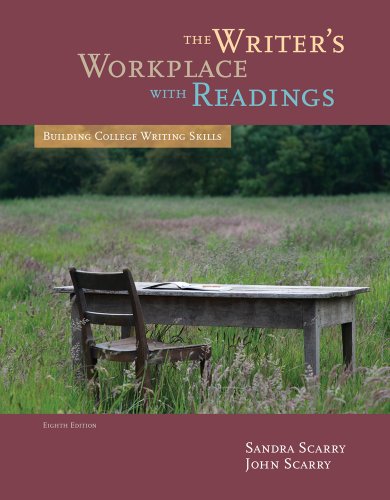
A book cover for The Writer's Workplace with Readings: Building College Writing Skills; Sandra Scarry; Reference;